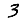
Digit: 3